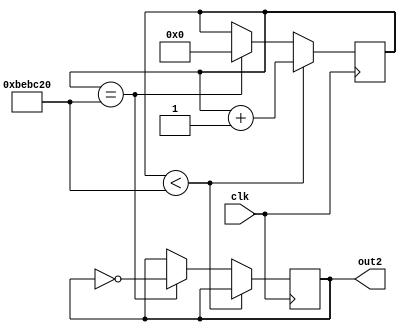
module freq_divider3(clk, out2);//2Hz

input clk;
output reg out2;
//output reg out2;
//reg [12:0] count2;
reg [23:0] count2;

always@(posedge clk)
begin
	if(count2 < 12500000)
		count2 = count2 + 1;
	else if(count2 == 12500000)
	begin
		count2 = 0;
		out2 = ~out2;
	end
end

endmodule